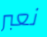
نعبر